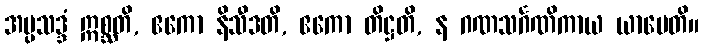
အပ္ပသဒ္ဒံ ဣစ္ဆတိ, ဧကော နိသီဒတိ, ဧကော တိဋ္ဌတိ, န ဂဏသင်္ဂဏိကာယ ယာပေတိ။